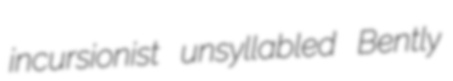
incursionist unsyllabled Bently